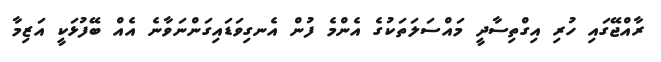
ރާއްޖޭގައި ހުރި އިގްތިސާދީ މައްސަލަތަކުގެ އެންމެ ފުން އެނގިވަޑައިގަންނަވާނެ އެއް ބޭފުޅަކީ އަޒިމާ